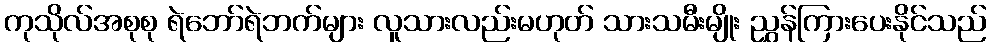
ကုသိုလ်အစုစု ရဲဘော်ရဲဘက်များ လူသားလည်းမဟုတ် သားသမီးမျိုး ညွှန်ကြားပေးနိုင်သည်